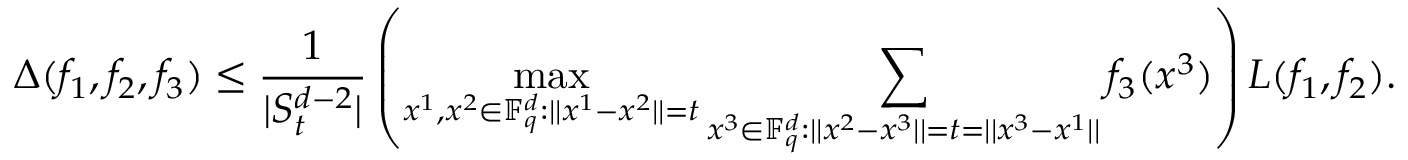
\Delta ( f _ { 1 } , f _ { 2 } , f _ { 3 } ) \le \frac { 1 } { | S _ { t } ^ { d - 2 } | } \left( \operatorname* { m a x } _ { x ^ { 1 } , x ^ { 2 } \in \mathbb F _ { q } ^ { d } : | | x ^ { 1 } - x ^ { 2 } | | = t } \sum _ { x ^ { 3 } \in \mathbb F _ { q } ^ { d } : | | x ^ { 2 } - x ^ { 3 } | | = t = | | x ^ { 3 } - x ^ { 1 } | | } f _ { 3 } ( x ^ { 3 } ) \right) L ( f _ { 1 } , f _ { 2 } ) .